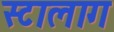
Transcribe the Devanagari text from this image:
स्टालाग